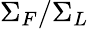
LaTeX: \Sigma_{F}/\Sigma_{L}